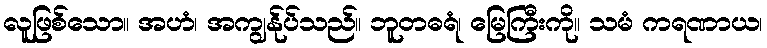
လူဖြစ်သော။ အဟံ၊ အကျွန်ုပ်သည်။ ဘူတဓရံ၊ မြေကြီးကို။ သမံ ကရဏာယ၊